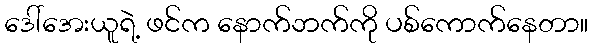
ဒေါ်အေးယူရဲ့ ဖင်က နောက်ဘက်ကို ပစ်ကောက်နေတာ။